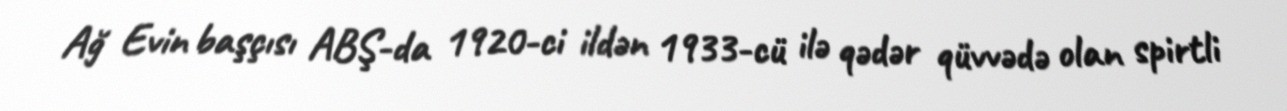
Ağ Evin başçısı ABŞ-da 1920-ci ildən 1933-cü ilə qədər qüvvədə olan spirtli